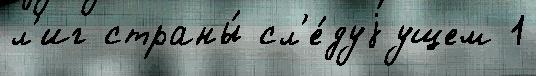
л'иг страны́ сл'е́дуjущем 1